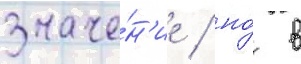
значе́н'ие / но́ в